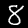
Digit: 8